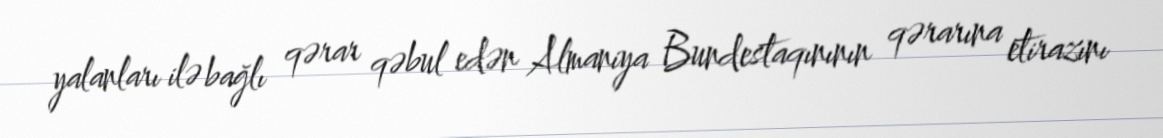
yalanları ilə bağlı qərar qəbul edən Almaniya Bundestaqınının qərarına etirazını